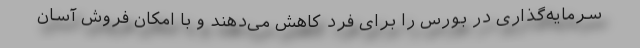
سرمایه‌گذاری در بورس را برای فرد کاهش می‌دهند و با امکان فروش آسان